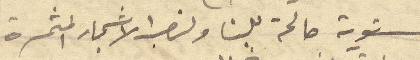
مستوية صالحة بن ولنصب الأشجار المثمرة